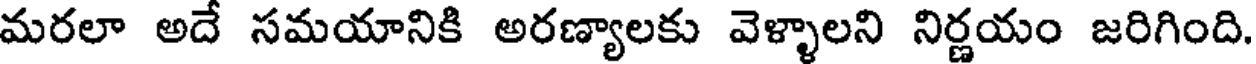
మరలా అదే సమయానికి అరణ్యాలకు వెళ్ళాలని నిర్ణయం జరిగింది